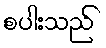
စပါးသည်